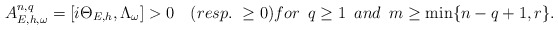
\begin{align*} A^{n,q}_{E,h,\omega}=[i\Theta_{E,h},\Lambda_\omega]>0\quad(resp.~\geq0)for~\, q\geq1 ~\,and~\, m\geq\min\{n-q+1,r\}. \end{align*}